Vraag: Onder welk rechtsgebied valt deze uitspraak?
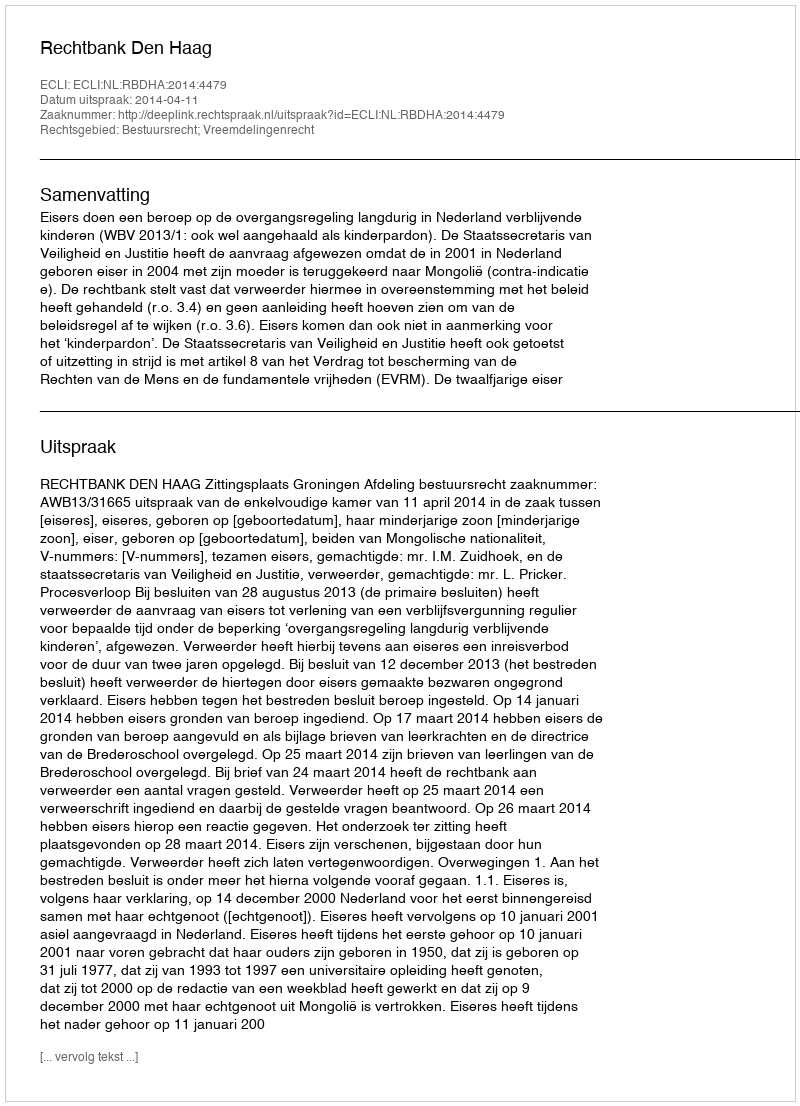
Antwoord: Bestuursrecht; Vreemdelingenrecht